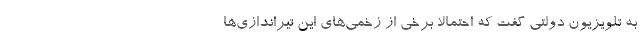
به تلویزیون دولتی گفت که احتمالا برخی از زخمی‌های این تیراندازی‌ها